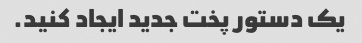
یک دستور پخت جدید ایجاد کنید.